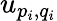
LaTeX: u_{p_{i},q_{i}}